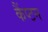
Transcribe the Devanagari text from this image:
कैंप्टन